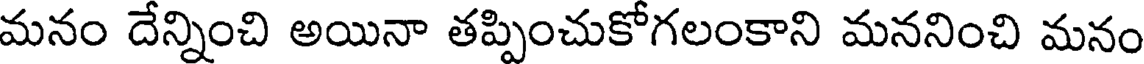
మనం దేన్నించి అయినా తప్పించుకోగలంకాని మననించి మనం